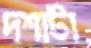
দশাটা